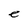
Character: e